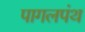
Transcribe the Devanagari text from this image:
पागलपंथ